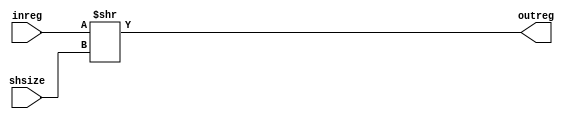


`timescale 1ns/10ps

module barrel_shifter(inreg,shsize,outreg);

parameter REGSIZE = 64;
parameter SHIFTSIZE = 6;

input  [REGSIZE-1:0]    inreg;
input  [SHIFTSIZE -1:0] shsize;
output [REGSIZE-1:0]    outreg;
  
assign  outreg = inreg >>shsize;

endmodule